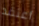
أعتقد